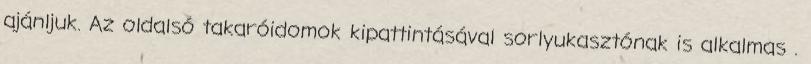
ajánljuk. Az oldalsó takaróidomok kipattintásával sorlyukasztónak is alkalmas .